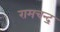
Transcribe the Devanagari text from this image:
रामचन्द॒